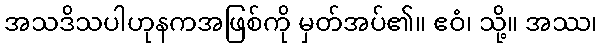
အသဒိသပါဟုနကအဖြစ်ကို မှတ်အပ်၏။ ဧဝံ၊ သို့။ အဿ၊